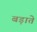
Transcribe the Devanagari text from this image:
बड़ाते